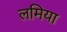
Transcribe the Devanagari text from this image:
लमिया